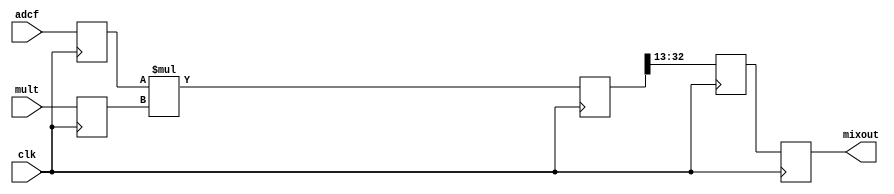
`timescale 1ns / 1ns

module mixer(clk,adcf,mult,mixout);
parameter dwi=16;  // data width
parameter davr=4;  // average width if the following cic averaging 64,
                   // then the useful data increase sqrt(64), so increase 3 bits,
                   // for rounding error, save 4 bits more
parameter dwlo=18;  // lo width using 18 bits
	input clk;  // timespec 8.4 ns
	input signed [dwi-1:0] adcf;  // possibly muxed
	input signed [dwlo-1:0] mult;
	output [dwi-1+davr:0] mixout;

// adc value can be anything, including -F.S., but
// demand that multiplier is never -F.S., so there is
// an "extra" sign bit that can be ignored.
reg signed [dwi-1:0] adcf1=0;
reg signed [dwlo-1:0] mult1=0;
reg signed [dwi+dwlo-1:0] mix_out_r=0;
reg signed [dwi-1+davr:0] mix_out1=0, mix_out2=0;
always @(posedge clk) begin
	adcf1 <= adcf;
	mult1 <= mult;
	mix_out_r <= adcf1 * mult1;  // internal multiplier pipeline
	mix_out1 <= mix_out_r[dwi-2+dwlo:dwlo-davr-1];
	mix_out2 <= mix_out1;
end
assign mixout = mix_out2;
endmodule